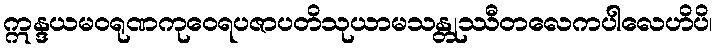
ဣန္ဒယမဝရုဏကုဝေရပဇာပတိသုယာမသန္တုဿီတလေကပါလေဟိပိ၊